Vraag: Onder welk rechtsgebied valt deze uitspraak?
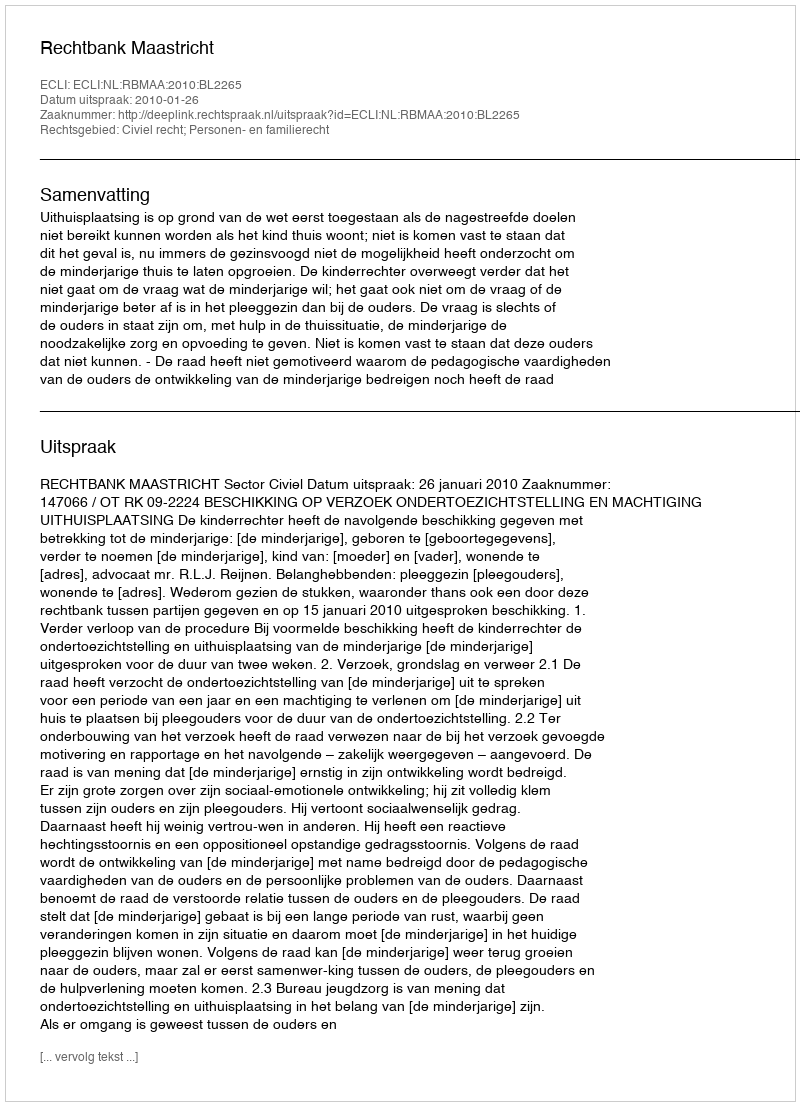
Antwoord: Civiel recht; Personen- en familierecht